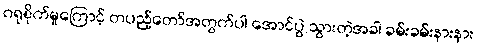
ဂရုစိုက်မှုကြောင့် တပည့်တော်အတွက်ပါ အောင်ပွဲ သွားတဲ့အခါ ခမ်းခမ်းနားနား